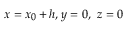
\scriptstyle x \; = \; x _ { 0 } \, + \, h , \; y \; = \; 0 , \; \; z \; = \; 0